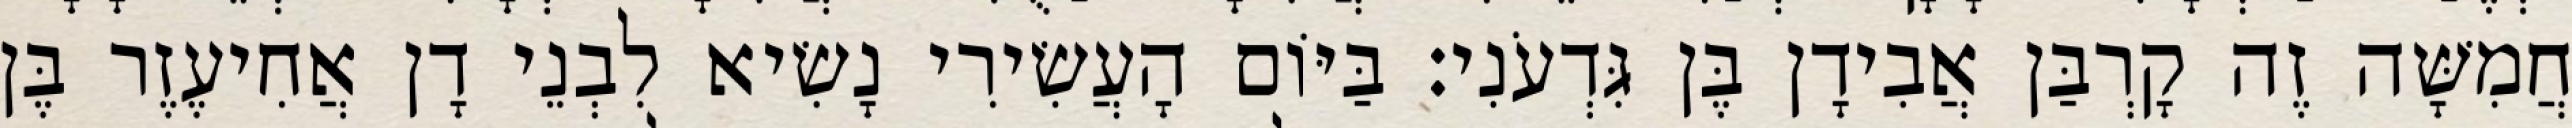
חֲמִשָּׁה זֶה קָרְבַּן אֲבִידָן בֶּן גִּדְעֹנִי׃ בַּיּוֹם הָעֲשִׂירִי נָשִׂיא לִבְנֵי דָן אֲחִיעֶזֶר בֶּן